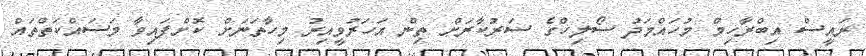
ރައީސް އިބްރާހިމް މުހައްމަދު ސޯލިހްގެ ސަރުކާރަށް ތިން އަހަރުވީއިރު މިހާތަނަށް ކޮށްފައިވާ މަސައްކަތްތައް